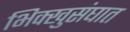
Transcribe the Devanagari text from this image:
भिक्खुसंघात